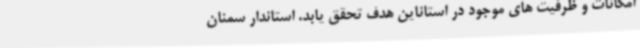
امکانات و ظرفیت های موجود در استاناین هدف تحقق یابد. استاندار سمنان